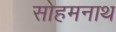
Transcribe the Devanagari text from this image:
सोहमनाथ